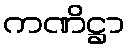
ကဏိဋ္ဌာ